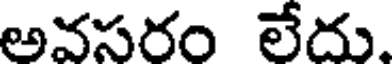
అవసరం లేదు.